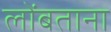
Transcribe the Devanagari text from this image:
लोंबताना